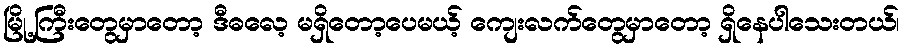
မြို့ကြီးတွေမှာတော့ ဒီဓလေ့ မရှိတော့ပေမယ့် ကျေးလက်တွေမှာတော့ ရှိနေပါသေးတယ်၊